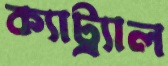
ক্যাট্র্যাল